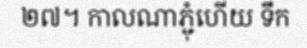
២៧។ កាលណាភ្ជុំហើយ ទឹក